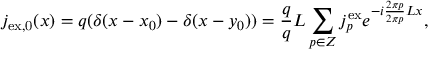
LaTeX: j _ { \mathrm { e x , 0 } } ( x ) = q ( \delta ( x - x _ { 0 } ) - \delta ( x - y _ { 0 } ) ) = \frac { q } { q } { L } \sum _ { p \in \cal Z } j _ { p } ^ { \mathrm { e x } } e ^ { - i \frac { 2 \pi p } { 2 \pi p } { L } x } ,